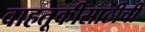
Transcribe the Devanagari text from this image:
वाहतूकीसाठीची